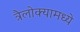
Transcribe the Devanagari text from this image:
त्रैलोक्यामध्ये